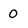
Character: 0